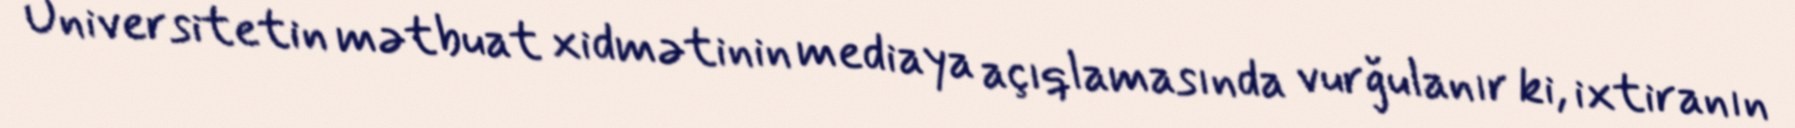
Universitetin mətbuat xidmətinin mediaya açıqlamasında vurğulanır ki, ixtiranın